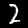
Label: 2